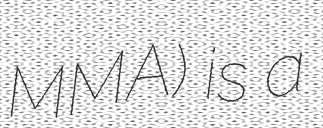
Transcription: MMA) is a